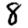
Digit: 8